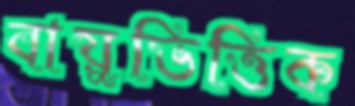
বায়ুভিত্তিক